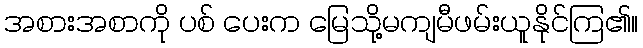
အစားအစာကို ပစ် ပေးက မြေသို့မကျမီဖမ်းယူနိုင်ကြ၏။